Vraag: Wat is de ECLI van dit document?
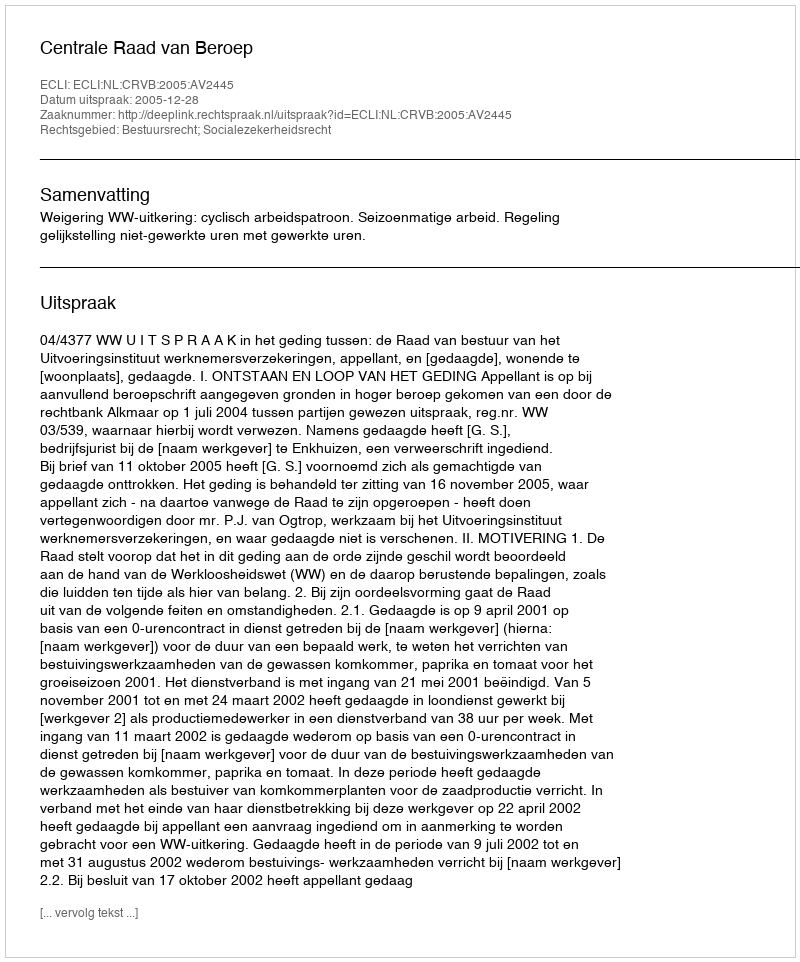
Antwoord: ECLI:NL:CRVB:2005:AV2445